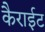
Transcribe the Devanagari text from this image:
कैराईट